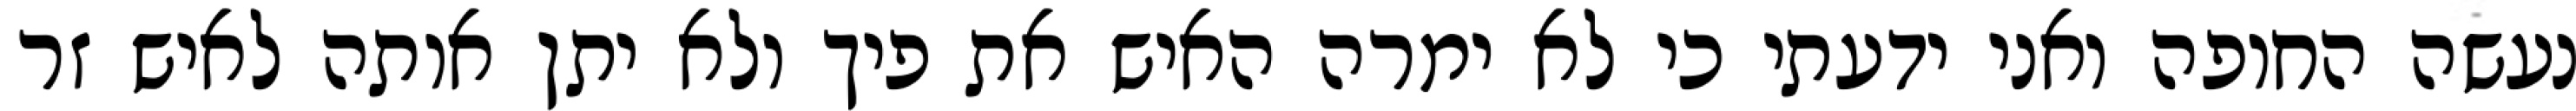
נעשה החופה ואני ידעתי כי לא ימרה האיש את פיך ולא יתן אותה לאיש זר